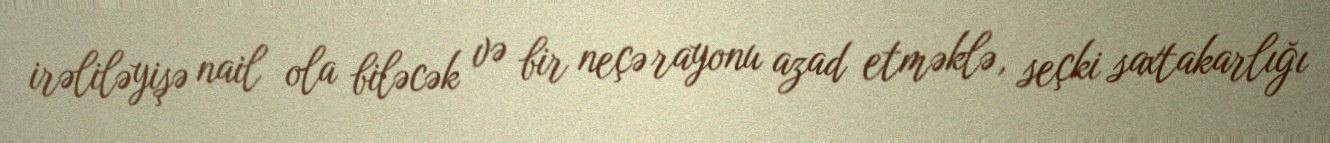
irəliləyişə nail ola biləcək və bir neçə rayonu azad etməklə, seçki saxtakarlığı